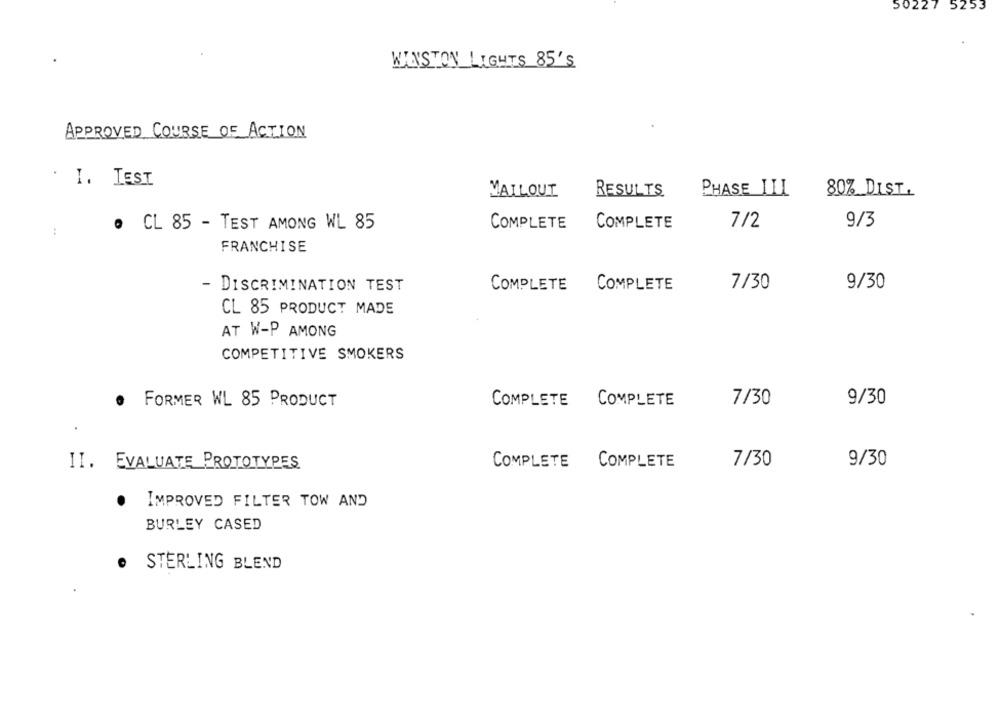
50227 5253
WINSTON LIGHTS 85'S
APPROVED COURSE OF ACTION
. I. TEST
MAILOUT
RESULTS
PHASE ILL
80%_DIST.
. CL 85 - TEST AMONG WL 85
COMPLETE COMPLETE
7/2
9/3
:
FRANCHISE
- DISCRIMINATION TEST
COMPLETE
COMPLETE
7/30
9/30
CL 85 PRODUCT MADE
AT W-P AMONG
COMPETITIVE SMOKERS
.
FORMER WL 85 PRODUCT
COMPLETE COMPLETE
7/30
9/30
COMPLETE COMPLETE
7/30
9/30
II. EVALUATE PROTOTYPES
.
IMPROVED FILTER TOW AND
BURLEY CASED
STERLING BLEND